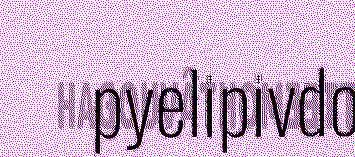
pyelipivdo